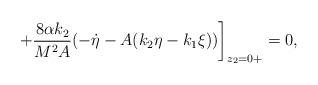
LaTeX: \begin{align*}+\frac{8\alpha k_2}{M^2 A}(-\dot{\eta}-A(k_2\eta-k_1\xi))\bigg]_{z_2=0+}=0,\end{align*}